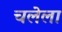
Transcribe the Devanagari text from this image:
चलेला